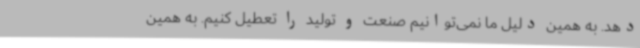
دهد. به همین دلیل ما نمی‌توانیم صنعت و تولید را تعطیل کنیم. به همین